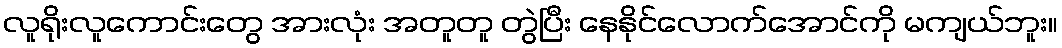
လူရိုးလူကောင်းတွေ အားလုံး အတူတူ တွဲပြီး နေနိုင်လောက်အောင်ကို မကျယ်ဘူး။